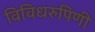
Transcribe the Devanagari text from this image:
विविधरुपिणी